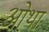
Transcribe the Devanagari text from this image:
ओथा